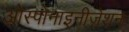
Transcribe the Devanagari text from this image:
ओस्पोनाइनीज़ेशन